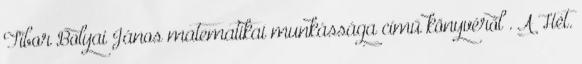
Tibor Bolyai János matematikai munkássága című könyvéről . A Hét.